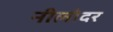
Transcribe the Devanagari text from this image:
नीलोदर